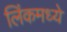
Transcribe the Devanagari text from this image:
लिंकमध्ये